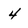
Character: 4